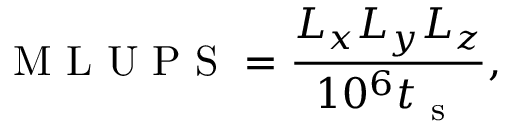
\mathrm { ~ M ~ L ~ U ~ P ~ S ~ } = \frac { L _ { x } L _ { y } L _ { z } } { 1 0 ^ { 6 } t _ { \mathrm { ~ s ~ } } } ,